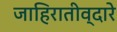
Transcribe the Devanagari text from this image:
जाहिरातीव्दारे